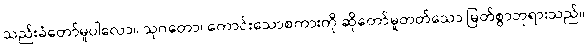
သည်းခံတော်မူပါလော။ သုဂတော၊ ကောင်းသောစကားကို ဆိုတော်မူတတ်သော မြတ်စွာဘုရားသည်။